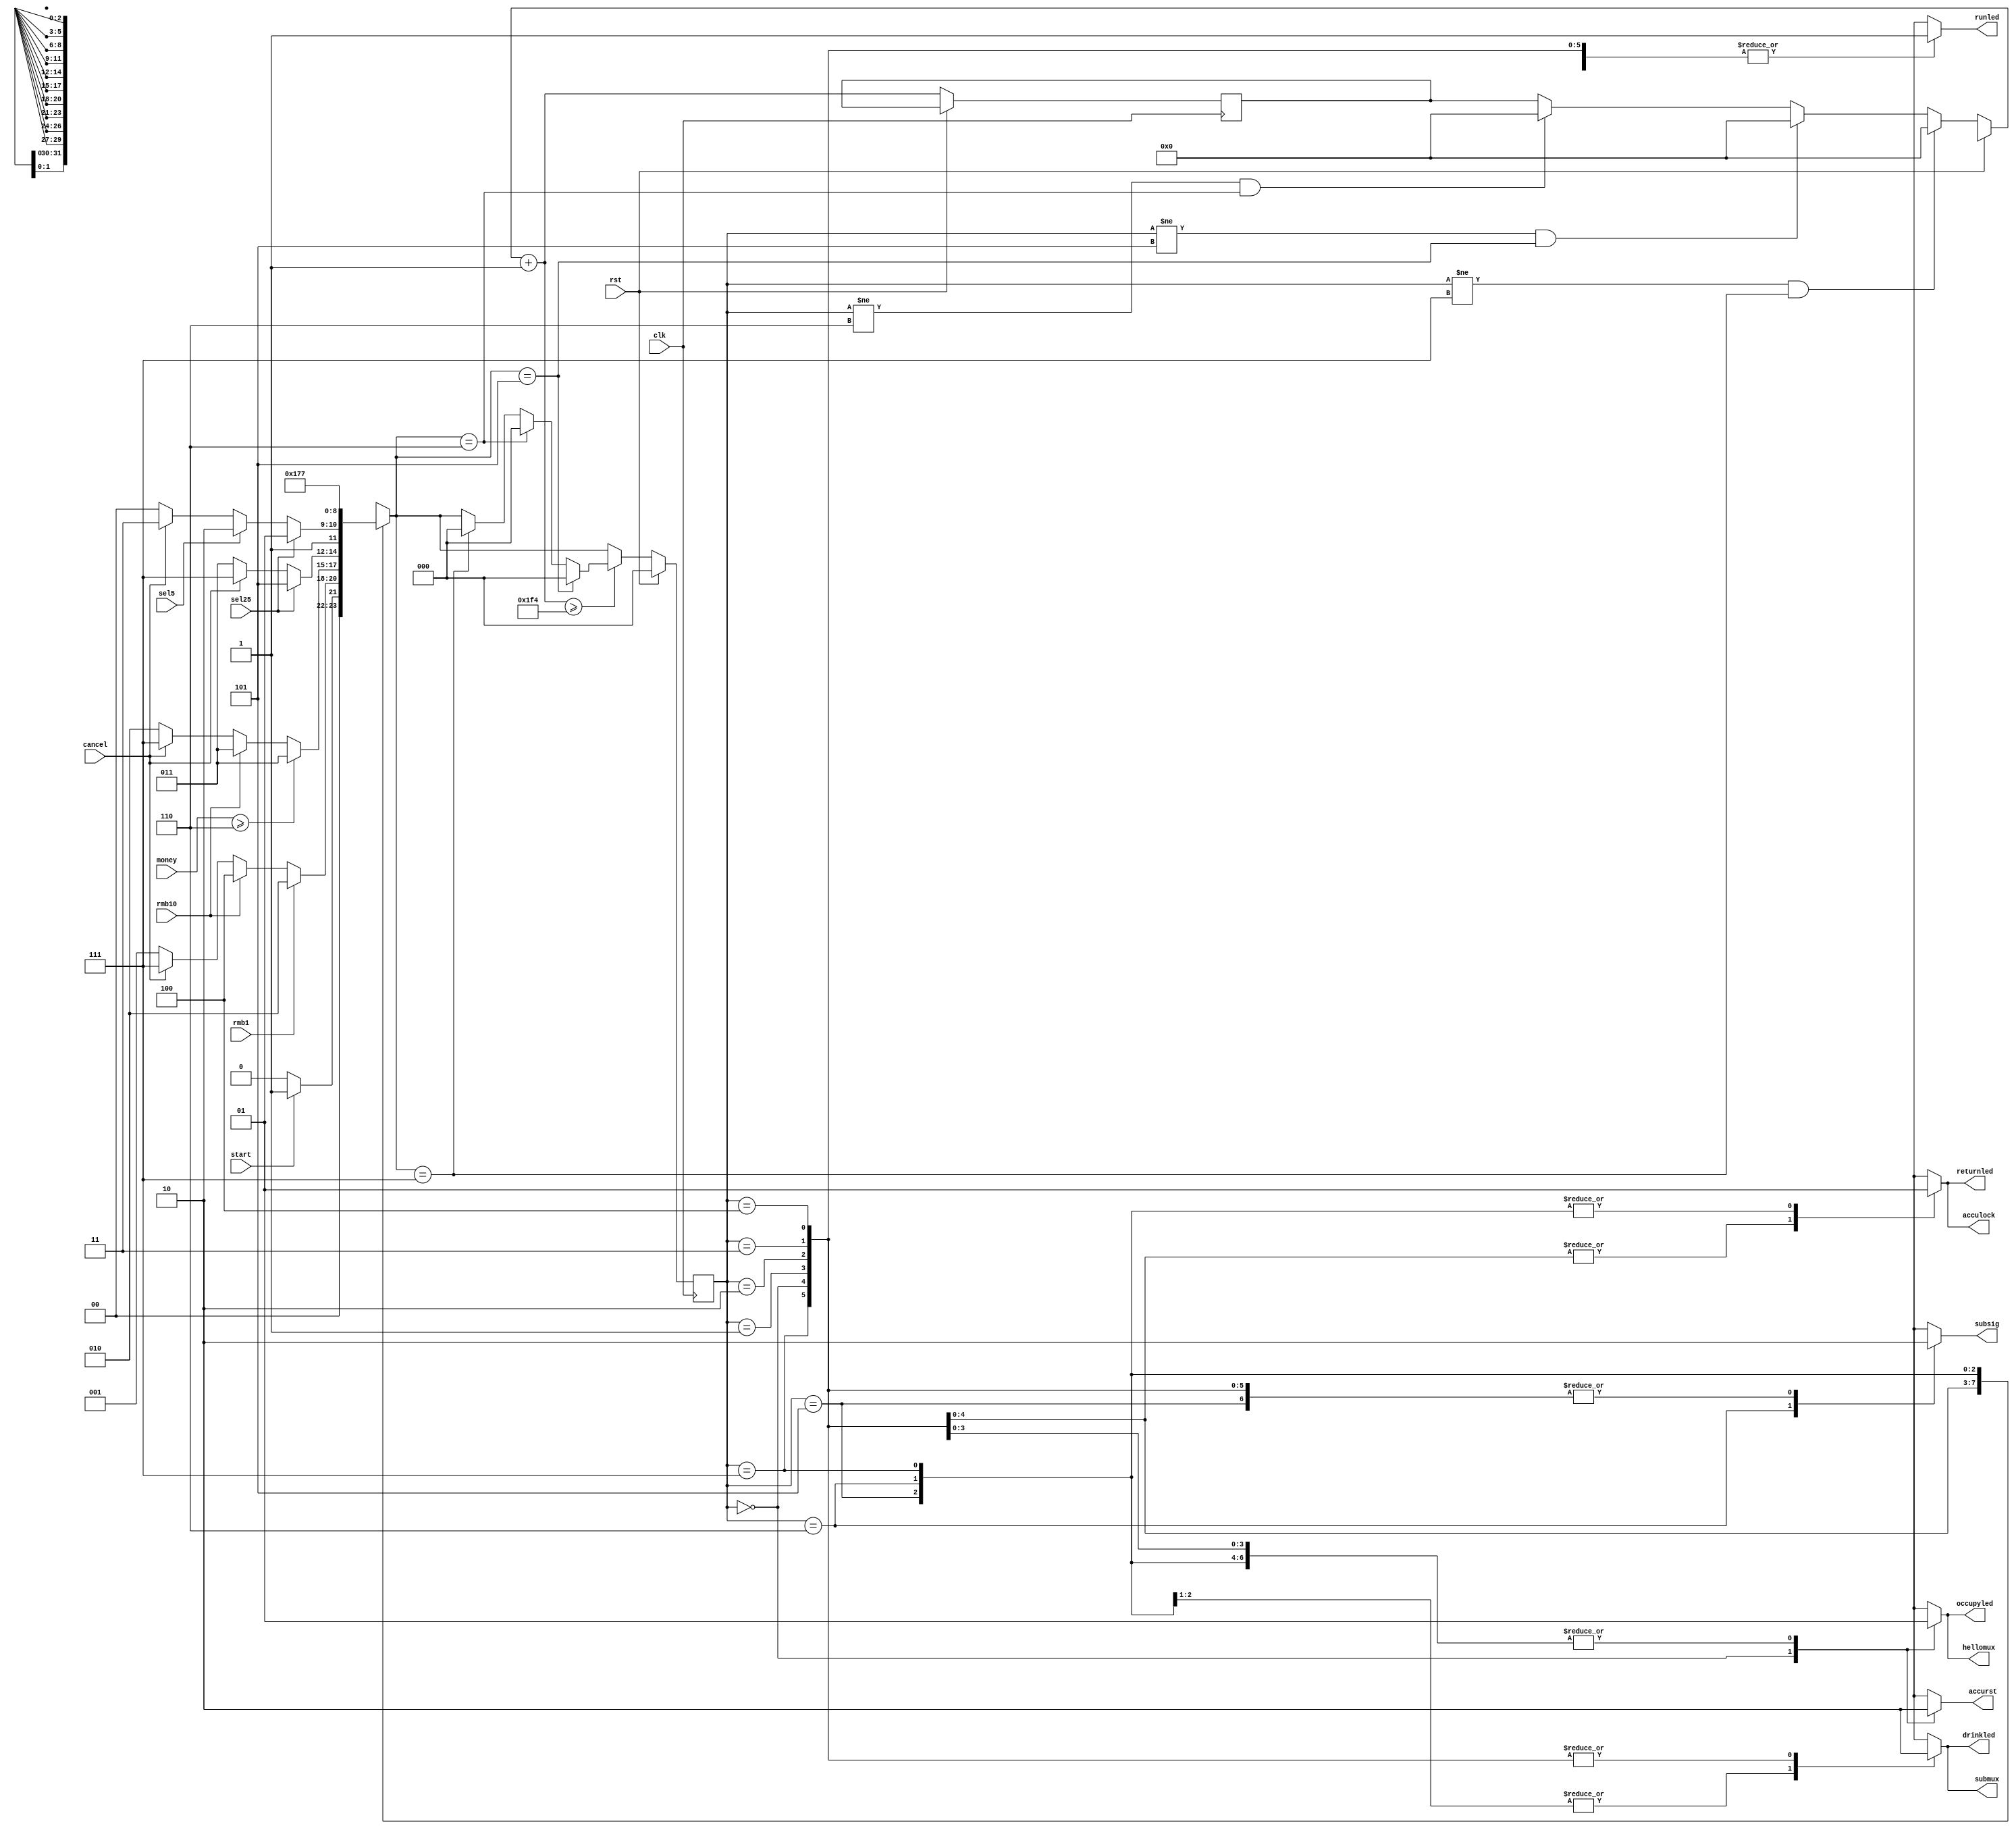
`timescale 1ns/1ps

module sellerctrl(
    rst, clk, start, cancel, rmb10, rmb1, sel25, sel5, runled, occupyled, drinkled,
    returnled, subsig, hellomux, submux, money, accurst, acculock
);
    input rst; // reset signal
    input clk; // clock signal
    input start; // start purchase
    input cancel; // cancel current operation
    input sel25; // select 2.5R
    input sel5; // select 5R
    input rmb10;
    input rmb1;
    input [7:0] money; // current money
    output reg runled; // running indicator
    output reg occupyled; // occupied indicator
    output reg drinkled; // giving drink indicator
    output reg returnled; // giving return indicator
    output reg subsig; // subtractor signal
    output reg hellomux; // banner selector
    output reg submux; // money selector
    output reg accurst;
    output reg acculock;
    reg [2:0] currstat, nxstat;
    reg [31:0] cnt;
    reg lastrmb1;
    initial lastrmb1 = 0;
    initial currstat = 0;
    initial nxstat = 0;
    initial cnt = 0;
    // state move
    always @(currstat, rmb10, rmb1, start, cancel, sel25, sel5, money) begin
        case(currstat)
            0: begin // STATE_INIT
                accurst = 1;
                runled = 1;
                occupyled = 0;
                drinkled = 0;
                returnled = 0;
                subsig = 0;
                hellomux = 0;
                submux = 0;
                acculock = 0;
                // only accept #START signal
                if(start) nxstat = 1;
                else nxstat = 0;
            end
            1: begin // STATE_BEGIN, insufficient for anything
                accurst = 0;
                runled = 1;
                occupyled = 1;
                drinkled = 0;
                returnled = 0;
                subsig = 0;
                hellomux = 1;
                submux = 0;
                acculock = 0;
                if(rmb1) nxstat = 2;
                else if(rmb10) nxstat = 4;
                else if(cancel) nxstat = 7;
                else nxstat = 1;
            end
            2: begin // STATE_CAN25
                accurst = 0;
                runled = 1;
                occupyled = 1;
                drinkled = 0;
                returnled = 0;
                subsig = 0;
                hellomux = 1;
                acculock = 0;
                submux = 0;
                if(money >= 6) nxstat = 3;
                else if(rmb10) nxstat = 3;
                else if(cancel) nxstat = 7;
                else nxstat = 2;
            end
            3: begin // STATE_CAN25_2
                accurst = 0;
                runled = 1;
                occupyled = 1;
                drinkled = 0;
                returnled = 0;
                subsig = 0;
                hellomux = 1;
                acculock = 0;
                submux = 0;
                if(sel25) nxstat = 5;
                else if(cancel) nxstat = 7;
                else nxstat = 3;
            end
            4: begin // STATE_CAN5
                accurst = 0;
                runled = 1;
                occupyled = 1;
                drinkled = 0;
                returnled = 0;
                subsig = 0;
                acculock = 0;
                hellomux = 1;
                submux = 0;
                if(sel25) nxstat = 5;
                else if(sel5) nxstat = 6;
                else if(cancel) nxstat = 7;
                else nxstat = 4;
            end
            5: begin // STATE_BUY25
                accurst = 0;
                runled = 1;
                occupyled = 1;
                drinkled = 1;
                returnled = 1;
                acculock = 1;
                subsig = 0;
                hellomux = 1;
                submux = 1;
                nxstat = 5;
            end
            6: begin // STATE_BUY5
                accurst = 0;
                runled = 1;
                occupyled = 1;
                drinkled = 1;
                returnled = 1;
                acculock = 1;
                subsig = 1;
                hellomux = 1;
                submux = 1;
                nxstat = 6;
            end
            7: begin // STATE_CANCEL
                accurst = 0;
                runled = 1;
                occupyled = 1;
                drinkled = 0;
                acculock = 1;
                returnled = 1;
                subsig = 0;
                hellomux = 1;
                submux = 0;
                nxstat = 7;
            end
        endcase
        lastrmb1 = rmb1;
    end
    always @(posedge clk) begin
        if (rst) currstat = 0;
        else begin
            if(currstat != 7 && nxstat == 7) cnt = 0;
            else if(currstat != 5 && nxstat == 5) cnt = 0;
            else if(currstat != 6 && nxstat == 6) cnt = 0;
            cnt = cnt + 1;
            currstat = nxstat;
            if(cnt >= 500) begin
                if(currstat == 5) currstat = 0;
                else if(currstat == 6) currstat = 0;
                else if(currstat == 7) currstat = 0;
            end
        end
    end

endmodule //